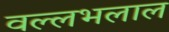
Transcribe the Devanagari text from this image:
वल्लभलाल